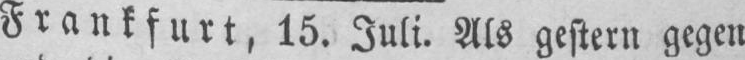
Frankfurt, 15. Juli. Als gestern gegen